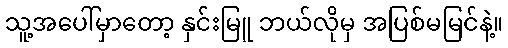
သူ့အပေါ်မှာတော့ နှင်းမြူ ဘယ်လိုမှ အပြစ်မမြင်နဲ့။